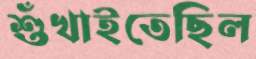
শুঁখাইতেছিল